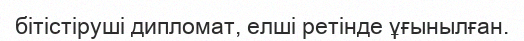
бітістіруші дипломат, елші ретінде ұғынылған.